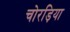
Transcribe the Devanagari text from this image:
चोरड़िया